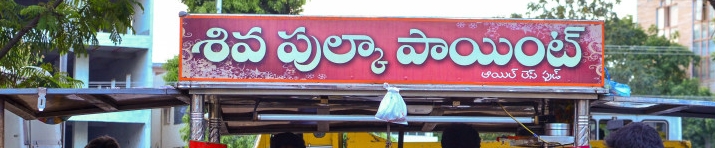
Language: telugu
Transcription: శివ పుల్కా లెస్ పాయింట్